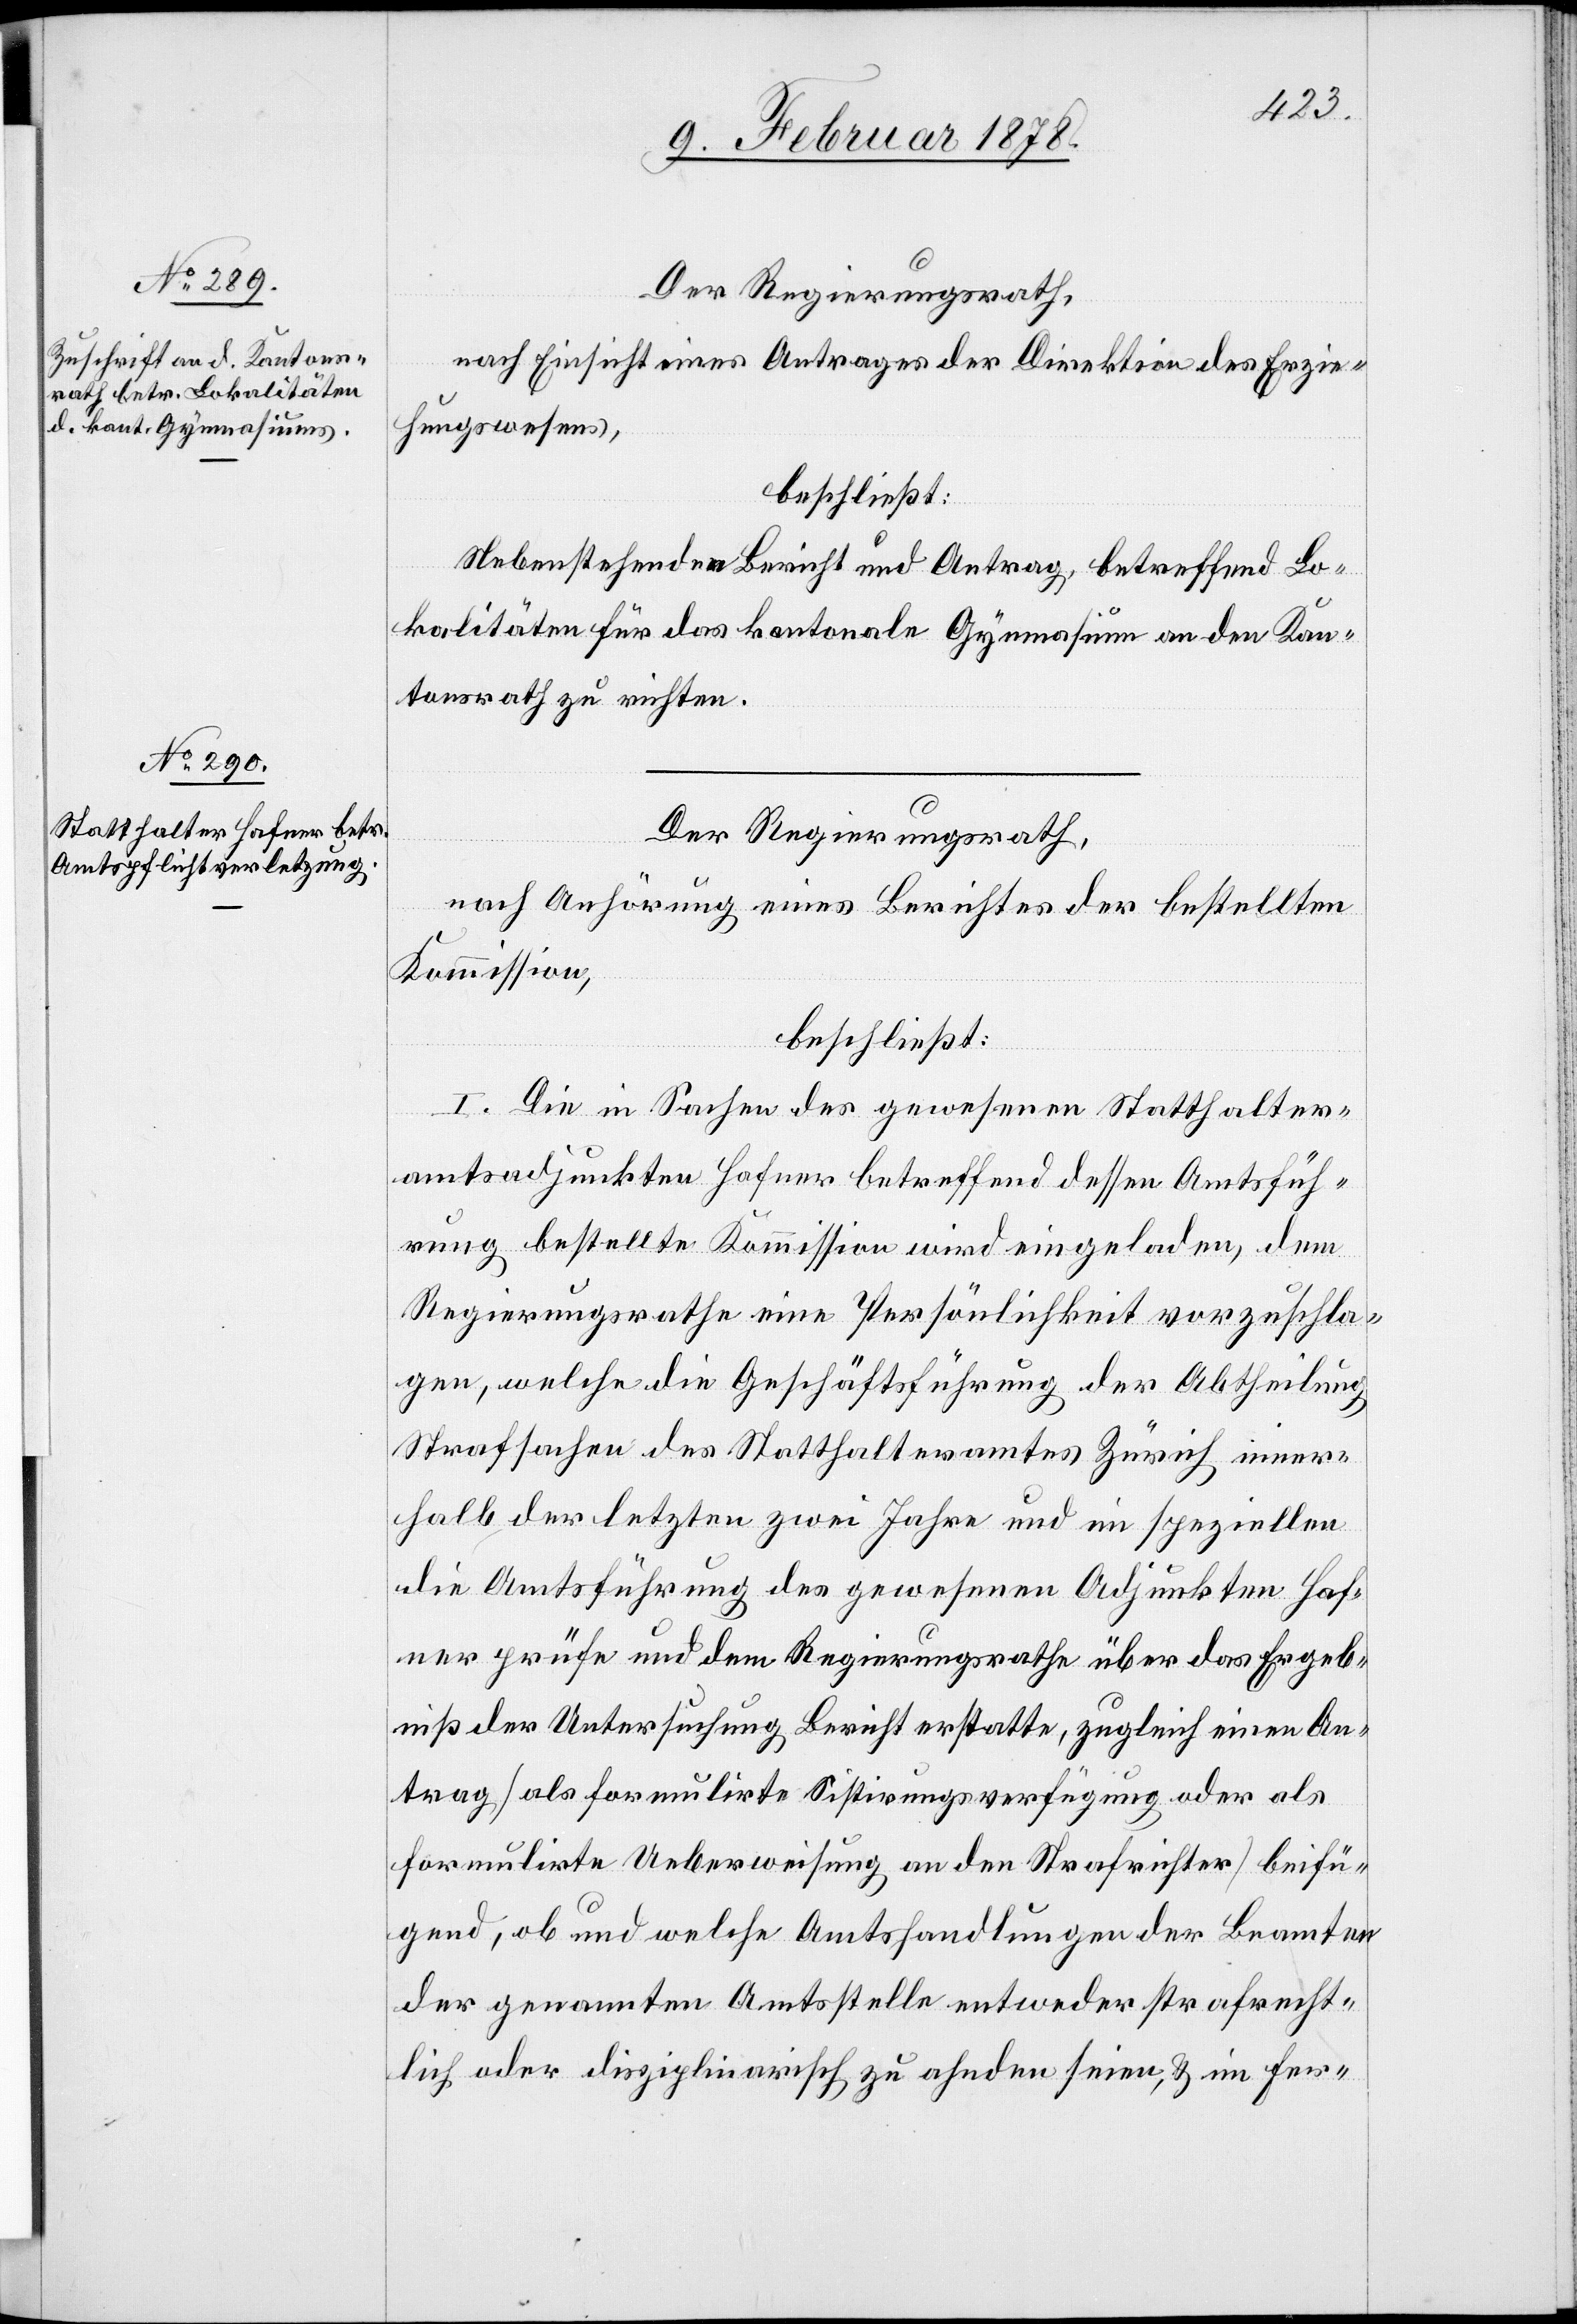
Der Regierungsrath,
nach Einsicht eines Antrages der Direktion des Erzie¬
hungswesens,
beschließt:
Nebenstehenden Bericht und Antrag, betreffend Lo¬
kalitäten für das kantonale Gymnasium an den Kan¬
tonsrath zu richten.
Der Regierungsrath,
nach Anhörung eines Berichtes der bestellten
Kommission,
beschließt:
I. Die in Sachen des gewesenen Statthalter¬
adjunkten Hafner betreffend dessen Amtsfüh¬
rung bestellte Kommission wird eingeladen, dem
Regierungsrathe eine Persönlichkeit vorzuschla¬
gen, welche die Geschäftsführung der Abtheilung
Strafsachen des Statthalteramtes Zürich inner¬
halb der letzten zwei Jahre und im speziellen
die Amtsführung des gewesenen Adjunkten Haf¬
ner prüfe und dem Regierungsrathe über das Ergeb¬
niß der Untersuchung Bericht erstatte, zugleich einen An¬
trag (als formulirte Sistirungsverfügung oder als
formulirte Ueberweisung an den Strafrichter) beifü¬
gend, ob und welche Amtshandlungen der Beamten
der genannten Amtsstelle entweder strafrecht¬
lich oder disziplinarisch zu ahnden seien, & im Fer-